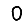
Digit: 0